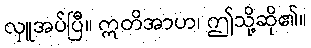
လှူအပ်ပြီ။ ဣတိအာဟ၊ ဤသို့ဆို၏။